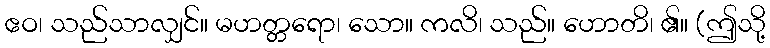
ဧဝ၊ သည်သာလျှင်။ မဟတ္တရော၊ သော။ ကလိ၊ သည်။ ဟောတိ၊ ၏။ (ဤသို့